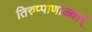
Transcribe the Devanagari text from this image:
तिरुप्पाणाळ्वार्